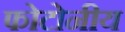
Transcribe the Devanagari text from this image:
फोटोनीय